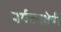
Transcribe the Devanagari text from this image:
पर्यटनक्षेत्री